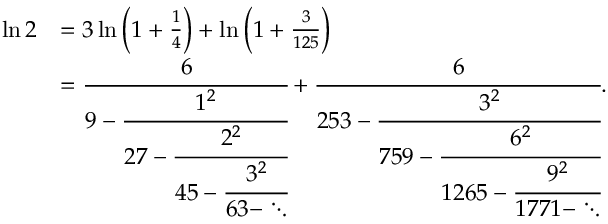
{ \begin{array} { r l } { \ln 2 } & { = 3 \ln \left( 1 + { \frac { 1 } { 4 } } \right) + \ln \left( 1 + { \frac { 3 } { 1 2 5 } } \right) } \\ & { = { \cfrac { 6 } { 9 - { \cfrac { 1 ^ { 2 } } { 2 7 - { \cfrac { 2 ^ { 2 } } { 4 5 - { \cfrac { 3 ^ { 2 } } { 6 3 - \ddots } } } } } } } } + { \cfrac { 6 } { 2 5 3 - { \cfrac { 3 ^ { 2 } } { 7 5 9 - { \cfrac { 6 ^ { 2 } } { 1 2 6 5 - { \cfrac { 9 ^ { 2 } } { 1 7 7 1 - \ddots } } } } } } } } . } \end{array} }